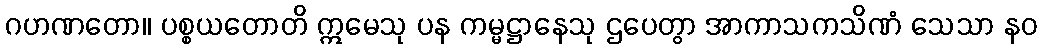
ဂဟဏတော။ ပစ္စယတောတိ ဣမေသု ပန ကမ္မဋ္ဌာနေသု ဌပေတွာ အာကာသကသိဏံ သေသာ နဝ